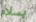
بسلام